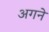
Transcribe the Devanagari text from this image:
अगने